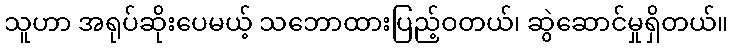
သူဟာ အရုပ်ဆိုးပေမယ့် သဘောထားပြည့်ဝတယ်၊ ဆွဲဆောင်မှုရှိတယ်။